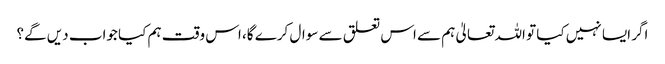
اگر ایسا نہیں کیا تو اللہ تعالیٰ ہم سے اس تعلق سے سوال کرے گا، اس وقت ہم کیا جواب دیں گے؟